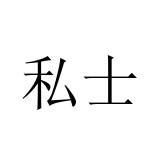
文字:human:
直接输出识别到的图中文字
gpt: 私士